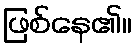
ဖြစ်နေ၏။